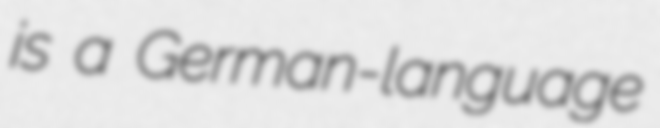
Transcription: is a German-language